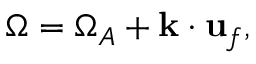
\begin{array} { r } { \Omega = \Omega _ { A } + \mathbf { k } \cdot \mathbf { u } _ { f } , } \end{array}